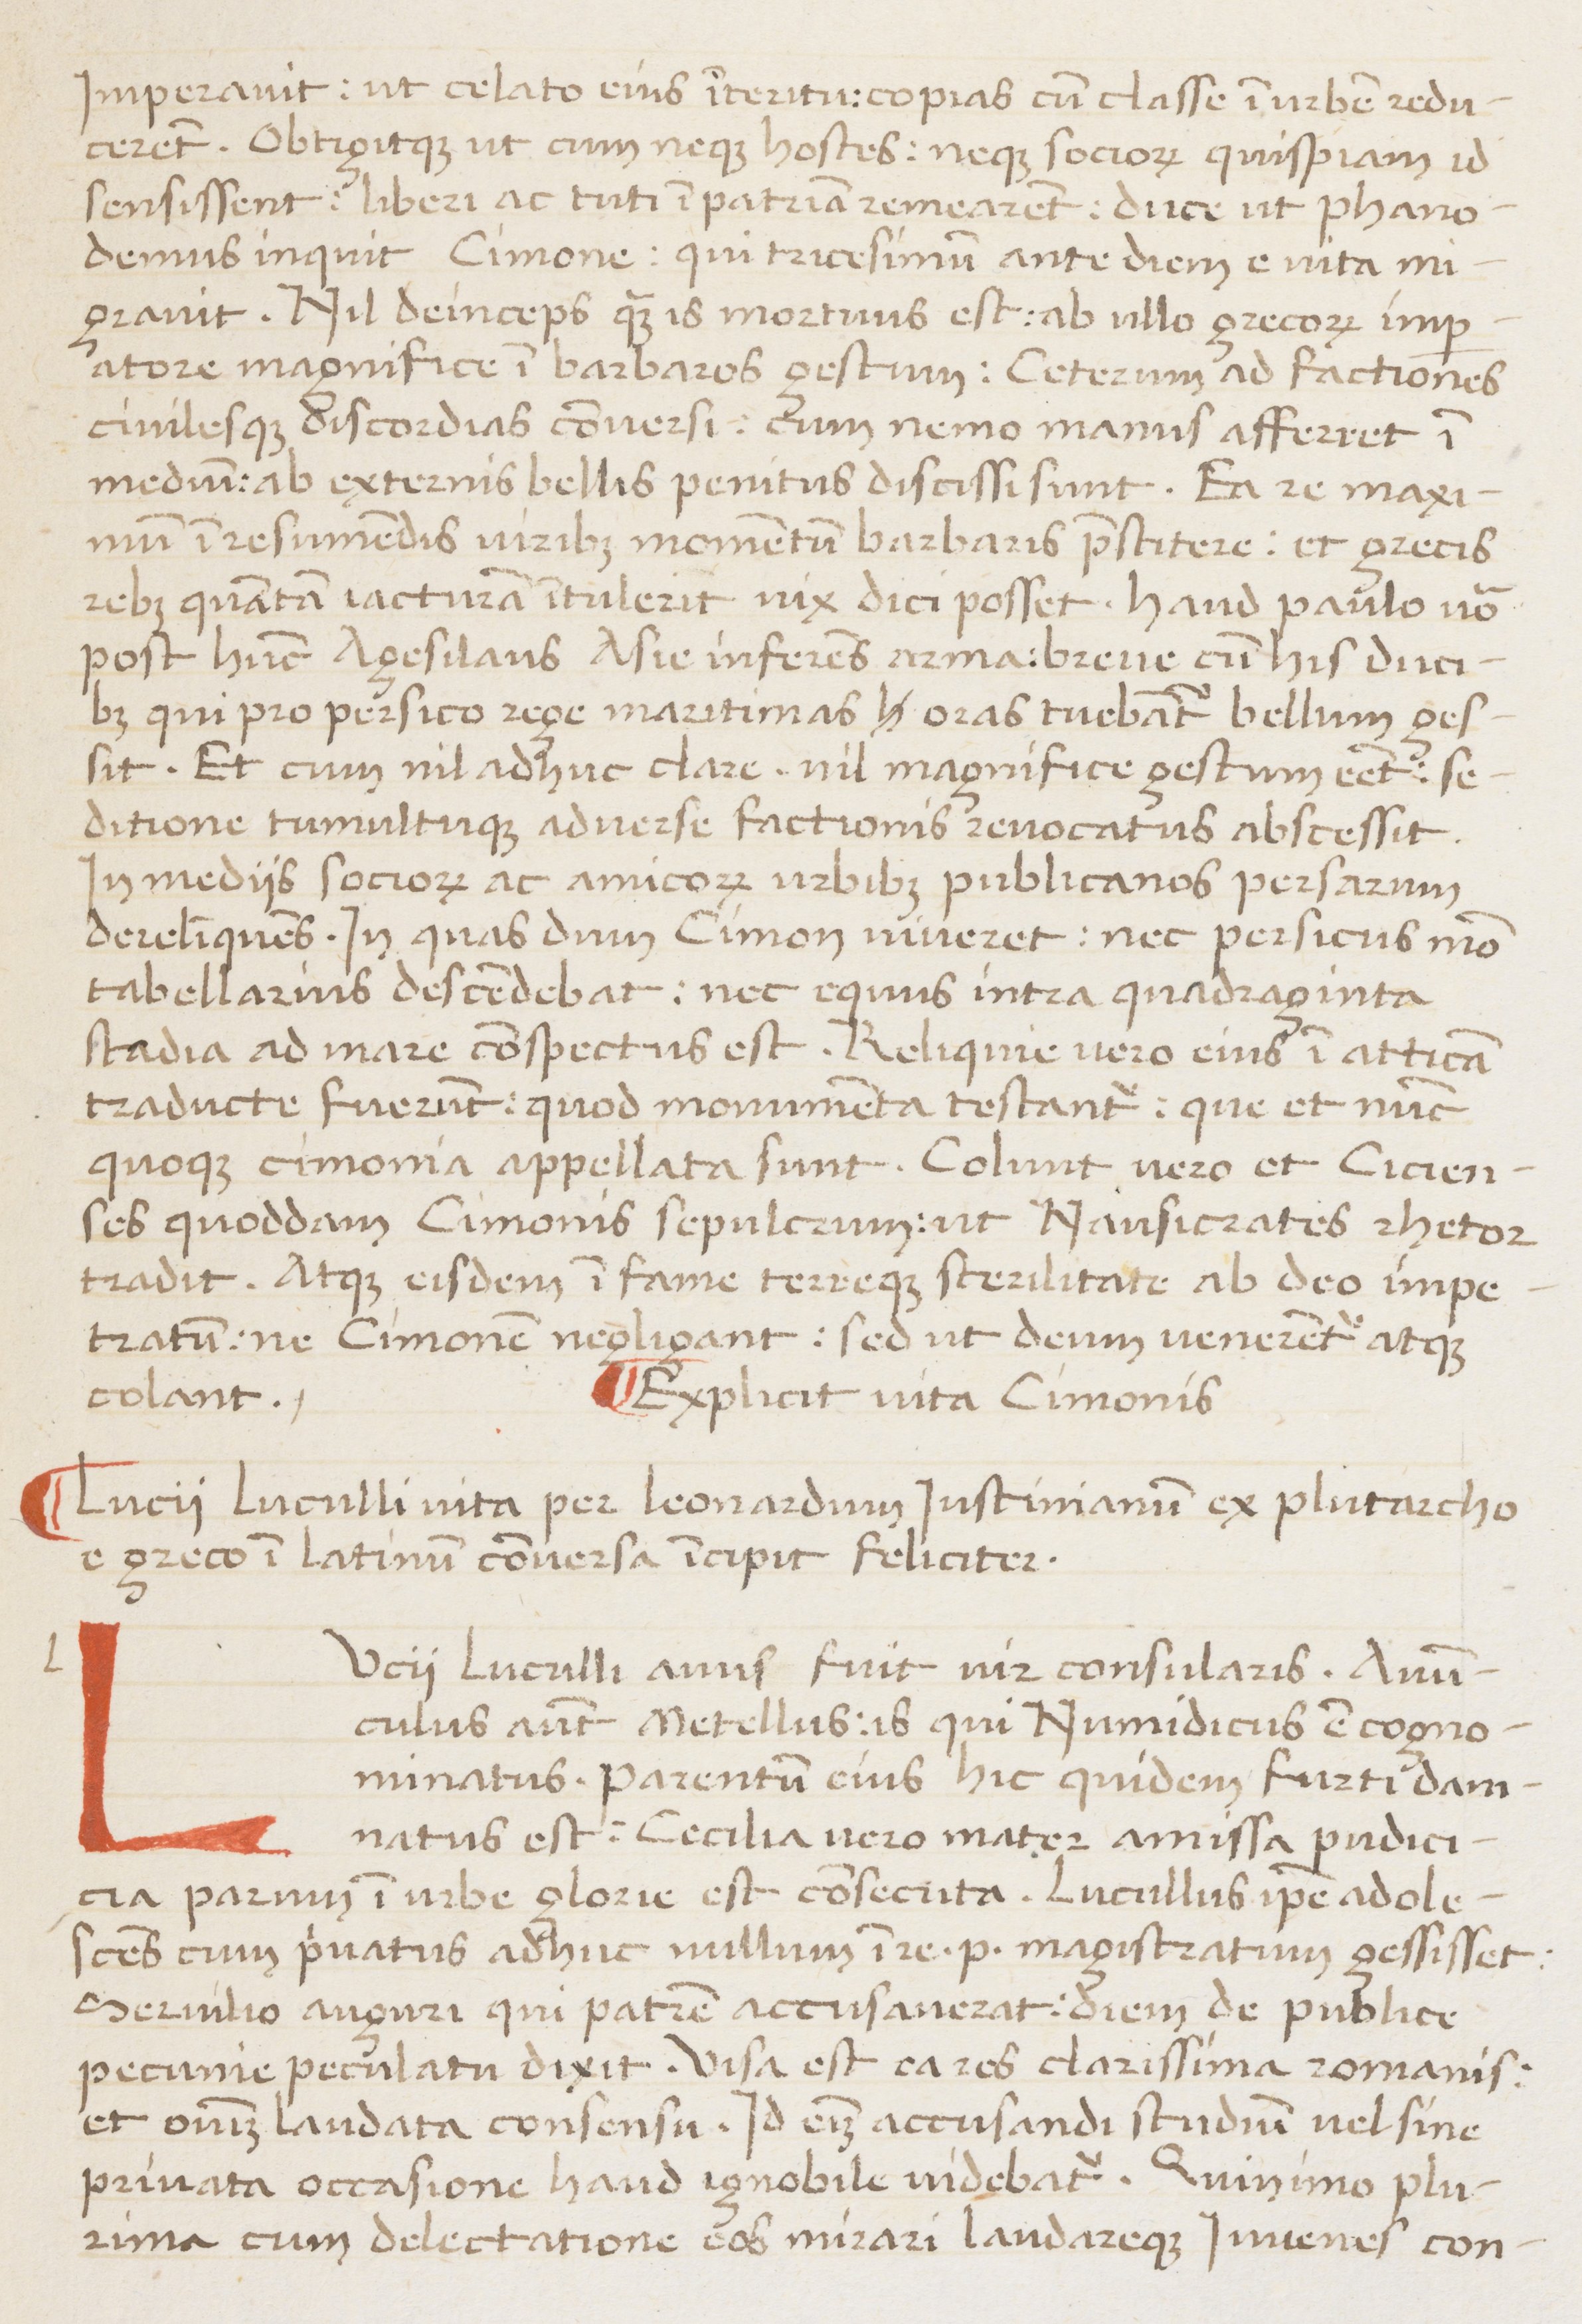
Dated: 1450–1474